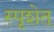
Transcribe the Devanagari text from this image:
स्पृशेत्